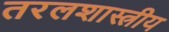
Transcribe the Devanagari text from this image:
तरलशास्त्रीय